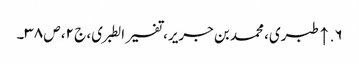
۶. ↑ طبری، محمد بن جریر، تفسیر الطبری، ج ۲، ص ۳۸۔